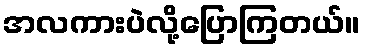
အလကားပဲလို့ပြောကြတယ်။